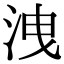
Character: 洩